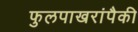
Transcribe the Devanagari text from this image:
फुलपाखरांपैकी